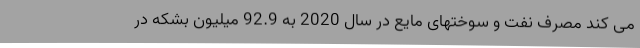
می کند مصرف نفت و سوختهای مایع در سال 2020 به 92.9 میلیون بشکه در